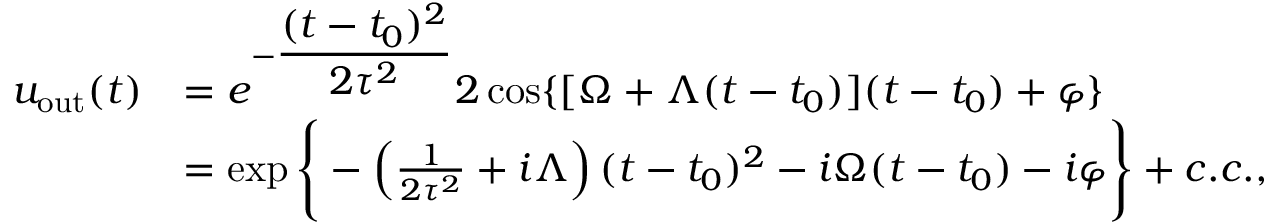
\begin{array} { r l } { u _ { \mathrm { o u t } } ( t ) } & { = e ^ { - \displaystyle \frac { ( t - t _ { 0 } ) ^ { 2 } } { 2 \tau ^ { 2 } } } 2 \cos \{ [ \Omega + \Lambda ( t - t _ { 0 } ) ] ( t - t _ { 0 } ) + \varphi \} } \\ & { = \exp \Bigg \{ - \left( \frac { 1 } { 2 \tau ^ { 2 } } + i \Lambda \right) ( t - t _ { 0 } ) ^ { 2 } - i \Omega ( t - t _ { 0 } ) - i \varphi \Bigg \} + c . c . , } \end{array}